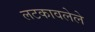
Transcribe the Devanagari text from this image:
लटकावलेले